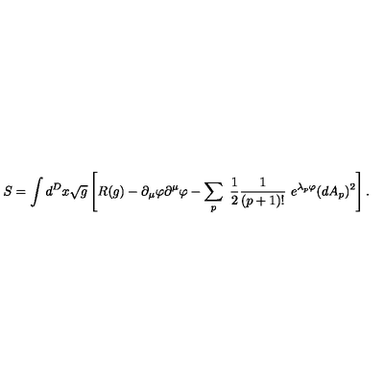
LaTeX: S = \int d ^ { D } x \sqrt { g } \left[ R ( g ) - \partial _ { \mu } \varphi \partial ^ { \mu } \varphi - \sum _ { p } \ \frac { 1 } { 2 } \frac { 1 } { ( p + 1 ) ! } \ e ^ { \lambda _ { p } \varphi } ( d A _ { p } ) ^ { 2 } \right] .